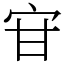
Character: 𭓣